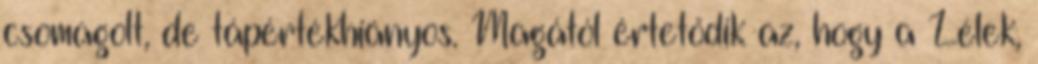
csomagolt, de tápértékhiányos. Magától értetődik az, hogy a Lélek,